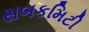
સબકમિટી